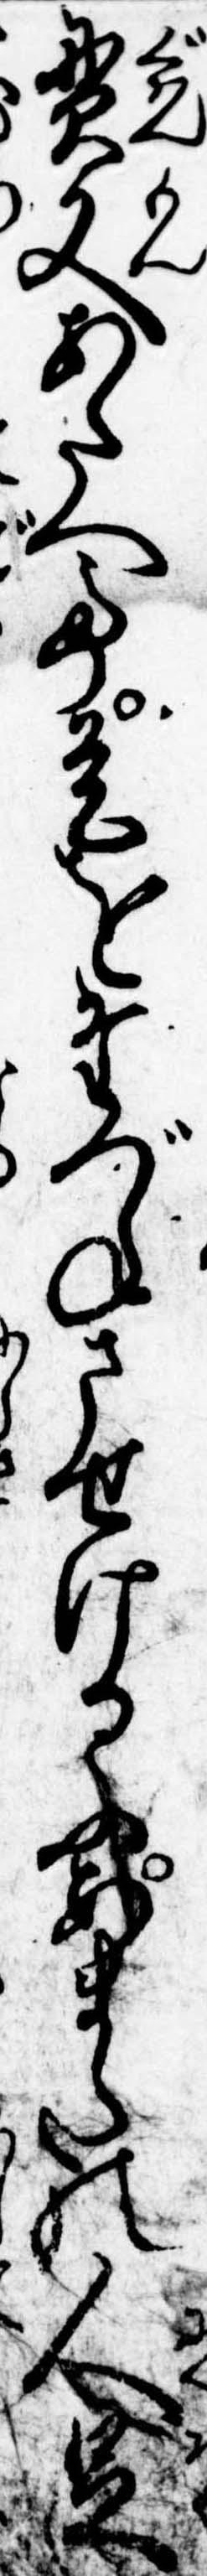
貫文あたへて是をたづねさせけるにあまたの人足